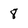
Character: 8